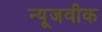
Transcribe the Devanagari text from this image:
न्‍यूजवीक